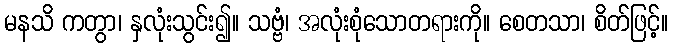
မနသိ ကတွာ၊ နှလုံးသွင်း၍။ သဗ္ဗံ၊ အလုံးစုံသောတရားကို။ စေတသာ၊ စိတ်ဖြင့်။